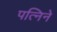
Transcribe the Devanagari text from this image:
पत्निने